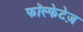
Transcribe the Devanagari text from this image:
फॉस्फेटेज़